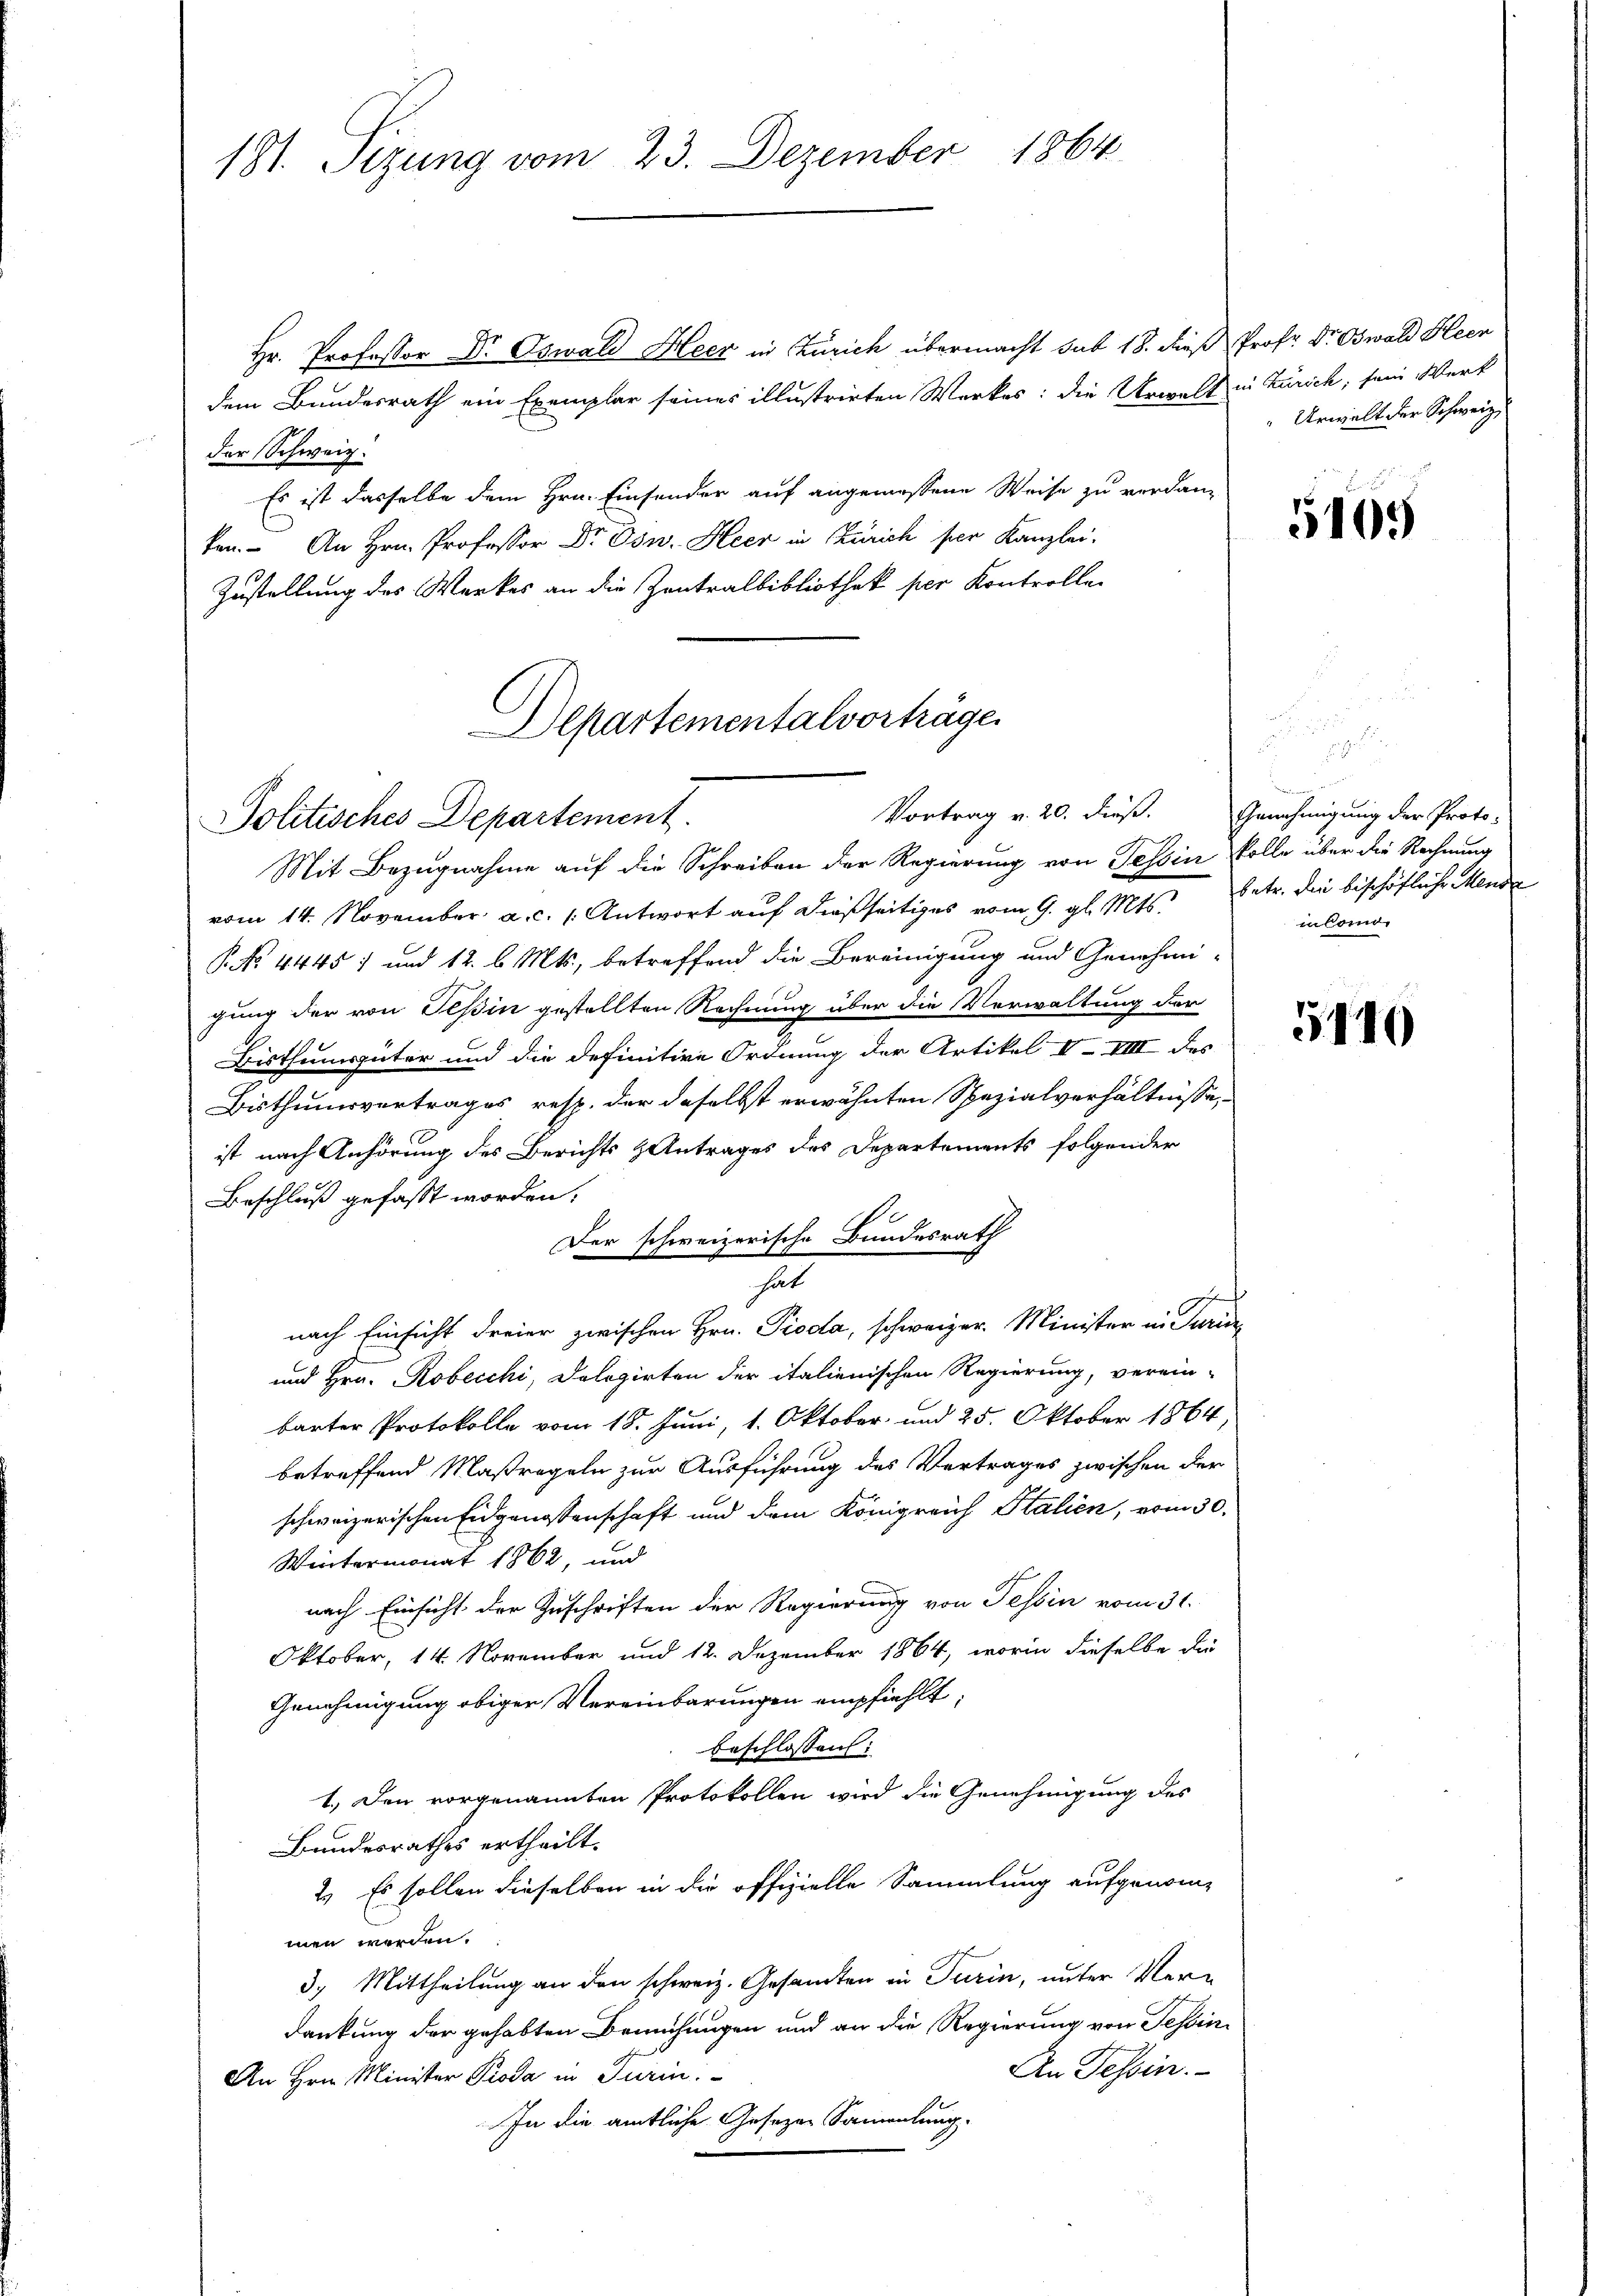
181. Sizung vom 23. Dezember 1864

Hr. Professor Dr. Oswald Heer in Zürich übermacht sub 18. dieß
dem Bundesrath ein Exemplar seines illustrirten Werkes: die Urwalt
der Schweiz.
Es ist dasselbe dem Hrn. Einsonder auf angemessene Weise zu verdan-
ken. An Hrn. Professor Dr. Osw. Heer in Zürich per Kanzlei-
Zustellung des Werkes an die Zentralbibliothek per Kontrollen

Departementalvorträge.
Vortrag v. 20. dieß. Genehmigung der Proto-
Politisches Departement.

Mit Bezugnahme auf die Schreiben der Regierung von Tessin solle über die Rechnung
vom 14. November a. c. 1. Antwort auf dießseitiges vom 9. gl. Mts. betr. die bischöfliche Mende
P. No 4445) und 12. l. Mts., betreffend die Bereinigung und Genehmi-
gung der von Teßin gestellten Rechnung über die Verwaltung der
Bisthumsgüter und die definitive Ordnung der Artikel V- VIII des
Bisthumsvertrages resp. der daselbst erwähnten Spezialverhältnisse,
ist nach Anhörung des Berichts Antrages des Departements folgender
Beschluß gefasst worden.
Der schweizerische Bundesrath
hat
euchen d
nach Einsicht dreier zwischen Hrn. Pioda, schweizer. Minister in Turic
und Hrn. Robecchi, Dolegirten der italienischen Regierung, verein-
barter Protokolle vom 18. Juni, 1. Oktober und 25. Oktober 1864,
betreffend Maßregeln zur Ausführung des Vertrages zwischen der
schweizerischen Eidgenossenschaft und dem Königreich Italien, vom 30.
Wintermonat 1862, und
nach Einsicht der Zuschriften der Regierung von Tessin vom 31.
Oktober, 14. November und 12. Dezember 1864, worin dieselbe die
Genehmigung obiger Vereinbarungen empfiehlt;
beschlossen:
1.) Den vorgenannten Protokollen wird die Genehmigung des
Bundesrathes ertheilt.
2.) Es sollen dieselben in die offizielle Sammlung aufgenommen werden.
3.) Mittheilung an den schweiz. Gesandten in Turin, unter Verdankung der gehabten Bemühungen und an die Regierung von Tessin
An Tessin.
An Hrn. Minister Proda in Turin:
In die amtliche Gesezen Sammlung.

Prof. Dr. Oswald Heer
in Zürich, sein Werk
Urwalt der Schweiz.

5465

i
in Como

5140